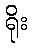
ရိုး